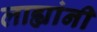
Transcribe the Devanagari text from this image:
लाह्यांनी